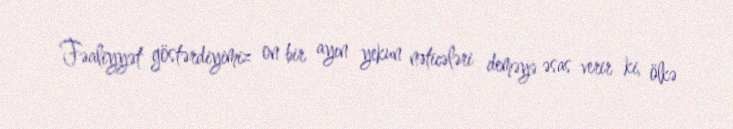
Fəaliyyət göstərdiyimiz on bir ayın yekun nəticələri deməyə əsas verir ki, ölkə